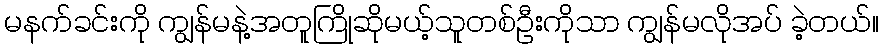
မနက်ခင်းကို ကျွန်မနဲ့အတူကြိုဆိုမယ့်သူတစ်ဦးကိုသာ ကျွန်မလိုအပ် ခဲ့တယ်။